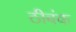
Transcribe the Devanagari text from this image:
ठीबंक